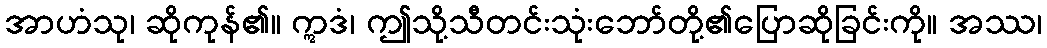
အာဟံသု၊ ဆိုကုန်၏။ ဣဒံ၊ ဤသို့သီတင်းသုံးဘော်တို့၏ပြောဆိုခြင်းကို။ အဿ၊